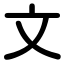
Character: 文